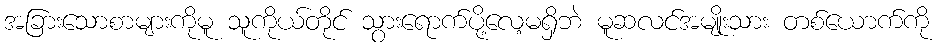
အခြားသောစာများကိုမူ သူကိုယ်တိုင် သွားရောက်ပို့လေ့မရှိဘဲ မူဆလင်အမျိုးသား တစ်ယောက်ကို